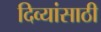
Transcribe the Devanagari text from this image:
दिव्यांसाठी